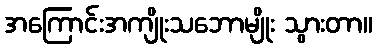
အကြောင်းအကျိုးသဘောမျိုး သွားတာ။